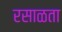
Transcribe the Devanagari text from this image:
रसाळता